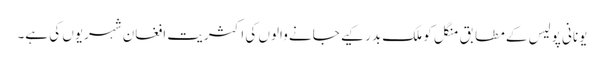
یونانی پولیس کے مطابق منگل کو ملک بدر کیے جانے والوں کی اکثریت افغان شہریوں کی ہے۔